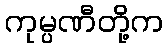
ကုမ္ပဏီတို့က